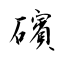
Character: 礗